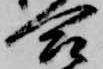
合